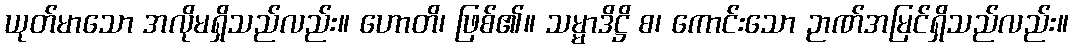
ယုတ်မာသော အလိုမရှိသည်လည်း။ ဟောတိ၊ ဖြစ်၏။ သမ္မာဒိဋ္ဌိ စ၊ ကောင်းသော ဉာဏ်အမြင်ရှိသည်လည်း။